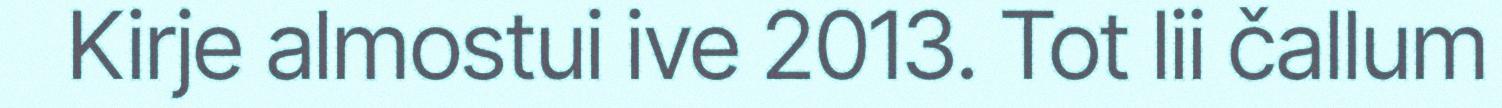
Kirje almostui ive 2013. Tot lii čallum